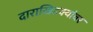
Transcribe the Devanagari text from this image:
दाराखिडक्यांवर